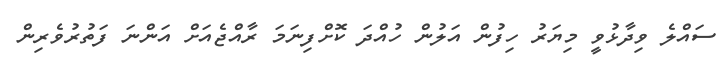
ސައްލެ ވިދާޅުވީ މިޔަރު ހިފުން އަލުން ހުއްދަ ކޮށްފިނަމަ ރާއްޖެއަށް އަންނަ ފަތުރުވެރިން